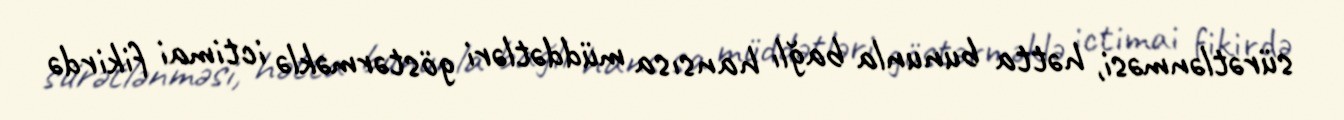
sürətlənməsi, hətta bununla bağlı hansısa müddətləri göstərməklə ictimai fikirdə